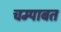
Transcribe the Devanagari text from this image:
चम्पाबत